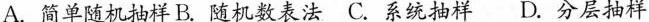
A.简单随机抽样 B.随机数表法 C.系统抽样 D.分层抽样